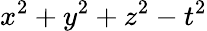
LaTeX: x^{2}+y^{2}+z^{2}-t^{2}